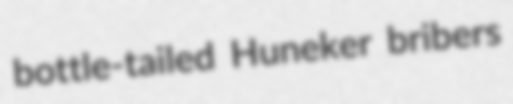
bottle-tailed Huneker bribers